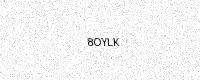
Text: 8OYLK